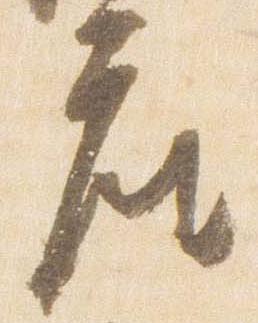
座